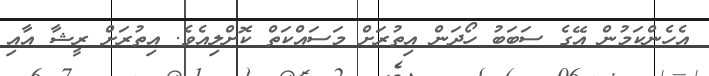
އެހެންކަމުން އޭގެ ސަބަބު ހޯދަން އިތުރަށް މަސައްކަތް ކޮށްލިއެވެ. އިތުރަށް ރީޝާ އާއި